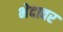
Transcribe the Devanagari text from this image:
भेदावर